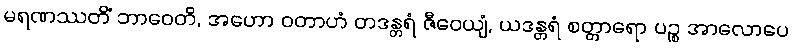
မရဏဿတိံ ဘာဝေတိ, အဟော ဝတာဟံ တဒန္တရံ ဇီဝေယျံ, ယဒန္တရံ စတ္တာရော ပဉ္စ အာလောပေ